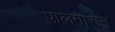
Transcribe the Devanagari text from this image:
पालेगाराने